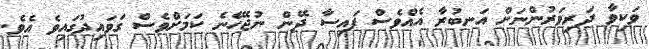
ވަކިވާ ދަރިވަރުންނަށް އަނބުރާ އެއްވެސް ފައިސާ ދޭން ނުޖެހޭނެ ކަމަށްވެސް ގަވައިދުގައިވެ އެވެ.